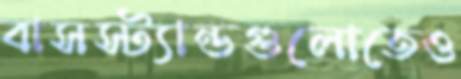
বাসস্ট্যান্ডগুলোতেও